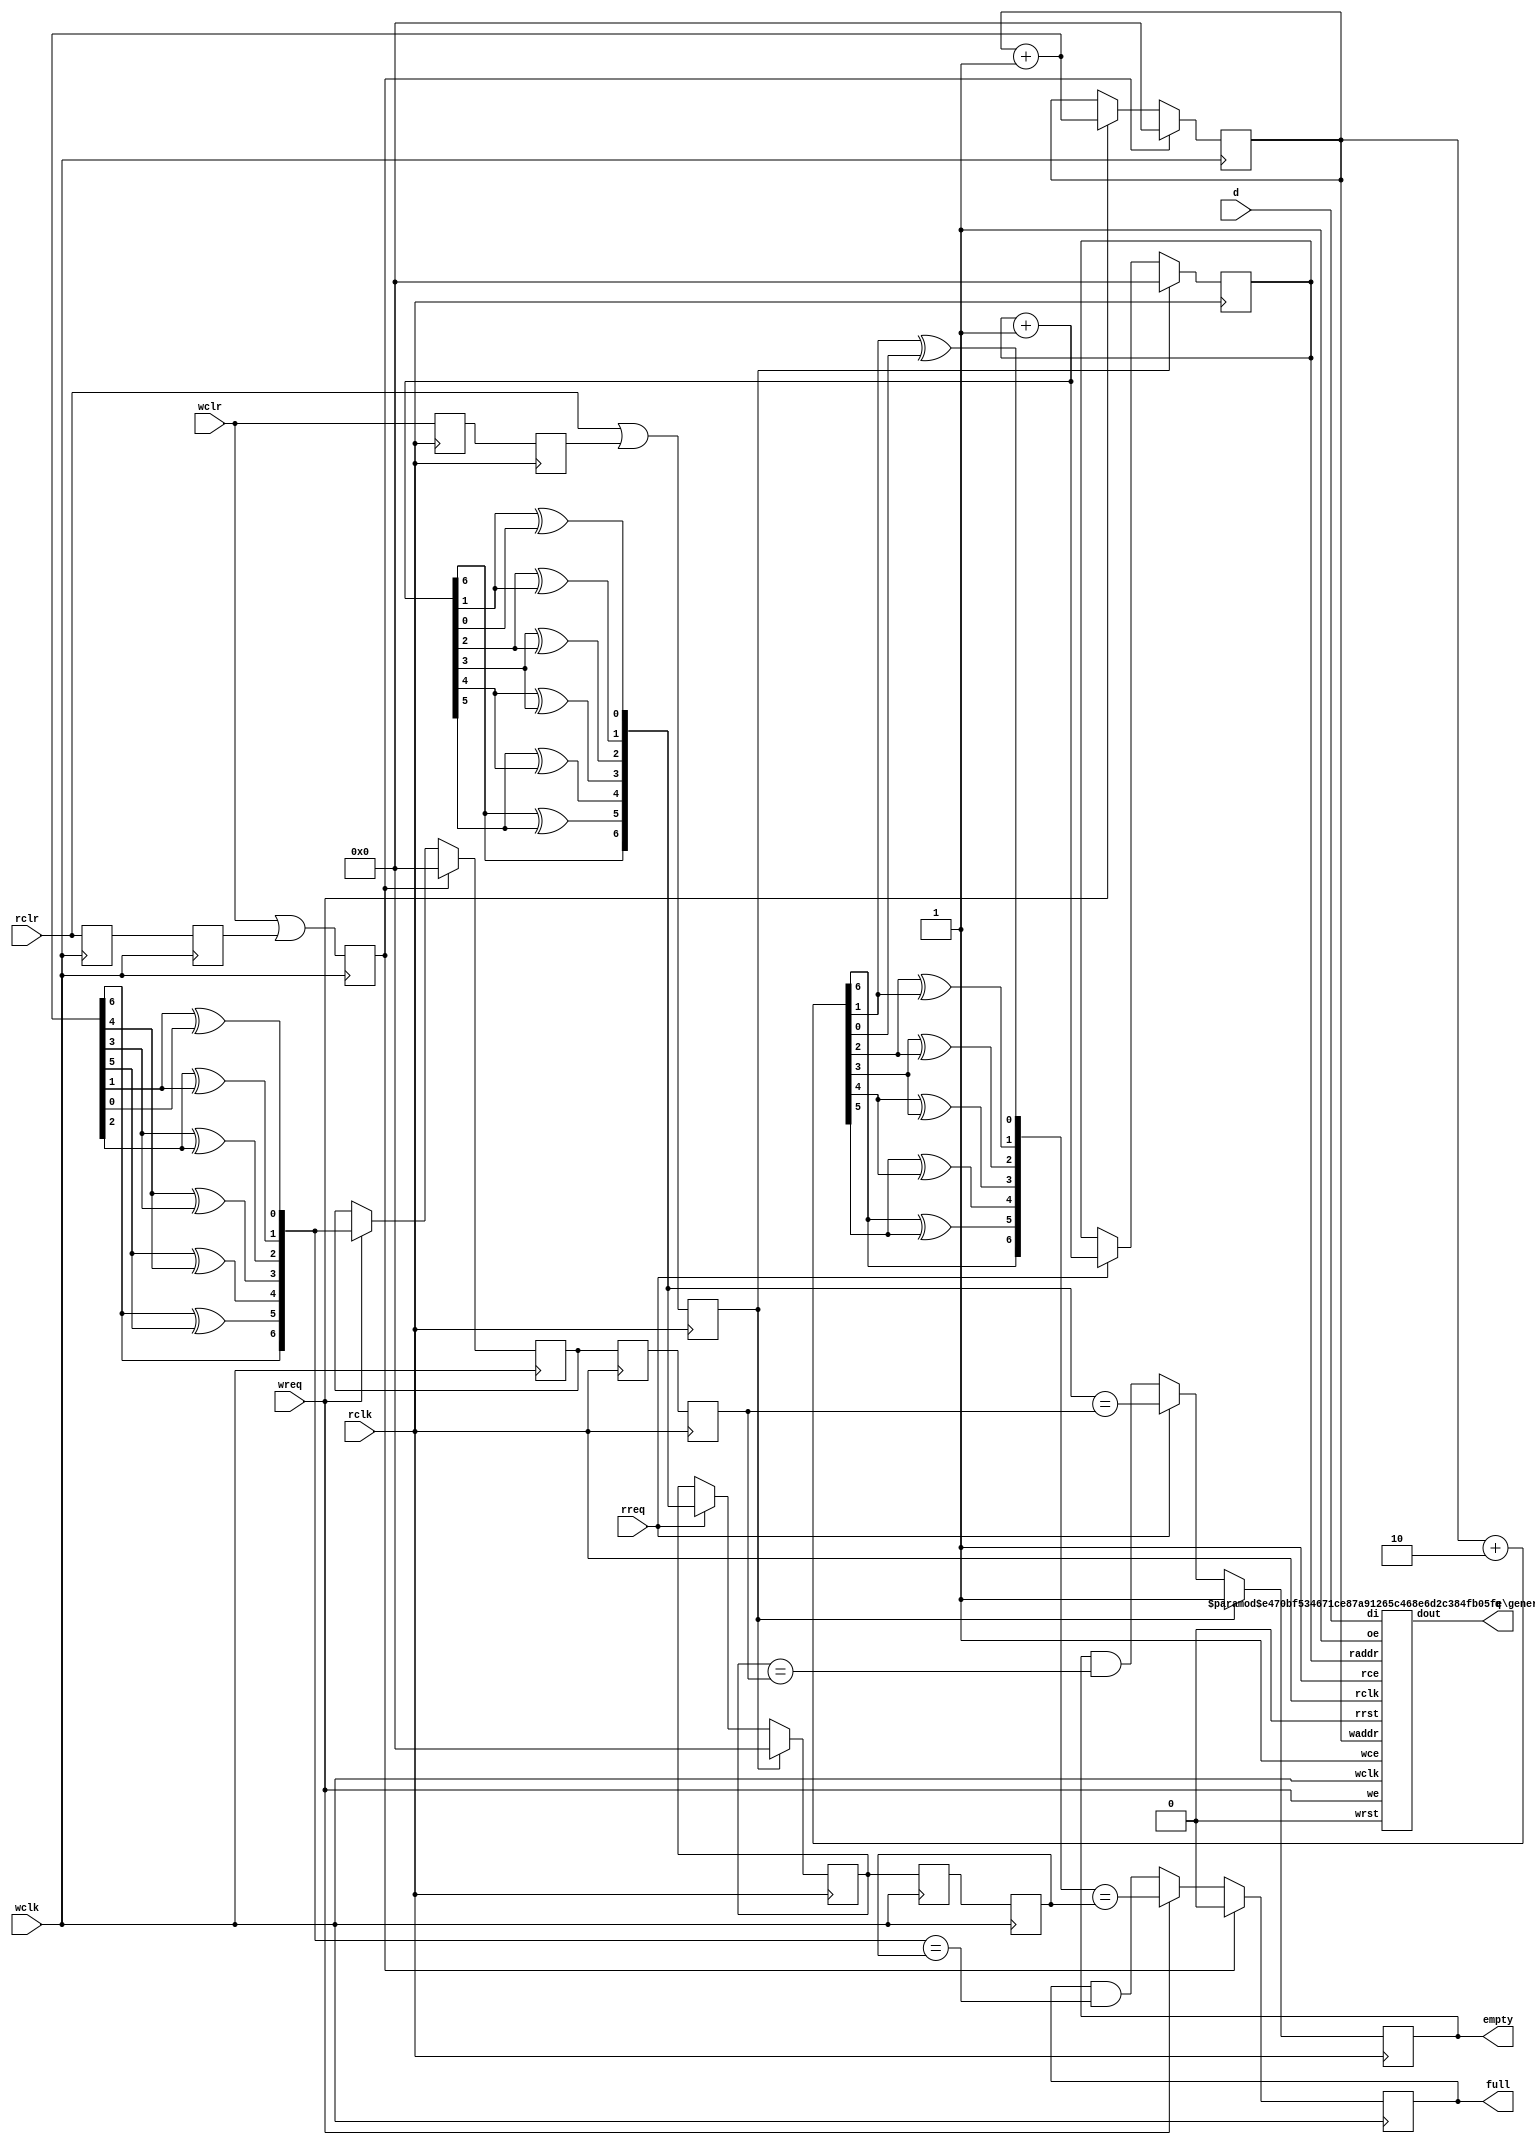
// This program was cloned from: https://github.com/combinatorylogic/soc
// License: MIT License

/////////////////////////////////////////////////////////////////////
////                                                             ////
////  WISHBONE rev.B2 compliant VGA/LCD Core; Dual Clocked Fifo  ////
////                                                             ////
////                                                             ////
////          richard@asics.ws                                   ////
////          www.asics.ws                                       ////
////                                                             ////
////  Downloaded from: http://www.opencores.org/projects/vga_lcd ////
////                                                             ////
/////////////////////////////////////////////////////////////////////
////                                                             ////
//// Copyright (C) 2001 Richard Herveille                        ////
////                    richard@asics.ws                         ////
////                                                             ////
//// This source file may be used and distributed without        ////
//// restriction provided that this copyright statement is not   ////
//// removed from the file and that any derivative work contains ////
//// the original copyright notice and the associated disclaimer.////
////                                                             ////
////     THIS SOFTWARE IS PROVIDED ``AS IS'' AND WITHOUT ANY     ////
//// EXPRESS OR IMPLIED WARRANTIES, INCLUDING, BUT NOT LIMITED   ////
//// TO, THE IMPLIED WARRANTIES OF MERCHANTABILITY AND FITNESS   ////
//// FOR A PARTICULAR PURPOSE. IN NO EVENT SHALL THE AUTHOR      ////
//// OR CONTRIBUTORS BE LIABLE FOR ANY DIRECT, INDIRECT,         ////
//// INCIDENTAL, SPECIAL, EXEMPLARY, OR CONSEQUENTIAL DAMAGES    ////
//// (INCLUDING, BUT NOT LIMITED TO, PROCUREMENT OF SUBSTITUTE   ////
//// GOODS OR SERVICES; LOSS OF USE, DATA, OR PROFITS; OR        ////
//// BUSINESS INTERRUPTION) HOWEVER CAUSED AND ON ANY THEORY OF  ////
//// LIABILITY, WHETHER IN  CONTRACT, STRICT LIABILITY, OR TORT  ////
//// (INCLUDING NEGLIGENCE OR OTHERWISE) ARISING IN ANY WAY OUT  ////
//// OF THE USE OF THIS SOFTWARE, EVEN IF ADVISED OF THE         ////
//// POSSIBILITY OF SUCH DAMAGE.                                 ////
////                                                             ////
/////////////////////////////////////////////////////////////////////

//  CVS Log
//
//  $Id: vga_fifo_dc.v,v 1.6 2003-08-01 11:46:38 rherveille Exp $
//
//  $Date: 2003-08-01 11:46:38 $
//  $Revision: 1.6 $
//  $Author: rherveille $
//  $Locker:  $
//  $State: Exp $
//
// Change History:
//               $Log: not supported by cvs2svn $
//               Revision 1.5  2003/05/07 09:48:54  rherveille
//               Fixed some Wishbone RevB.3 related bugs.
//               Changed layout of the core. Blocks are located more logically now.
//               Started work on a dual clocked/double edge 12bit output. Commonly used by external devices like DVI transmitters.
//
//               Revision 1.4  2002/01/28 03:47:16  rherveille
//               Changed counter-library.
//               Changed vga-core.
//               Added 32bpp mode.
//

/*

  Dual clock FIFO.

  Uses gray codes to move from one clock domain to the other.

  Flags are synchronous to the related clock domain;
  - empty: synchronous to read_clock
  - full : synchronous to write_clock

  CLR is available in both clock-domains.
  Asserting any clr signal resets the entire FIFO.
  When crossing clock domains the clears are synchronized.
  Therefore one clock domain can enter or leave the reset state before the other.
*/

module vga_fifo_dc (rclk, wclk, rclr, wclr, wreq, d, rreq, q, empty, full);

	// parameters
	parameter AWIDTH = 7;  //128 entries
	parameter DWIDTH = 16; //16bit databus

	// inputs & outputs
	input rclk;             // read clock
	input wclk;             // write clock
	input rclr;             // active high synchronous clear, synchronous to read clock
	input wclr;             // active high synchronous clear, synchronous to write clock
	input wreq;             // write request
	input [DWIDTH -1:0] d;  // data input
	input rreq;             // read request
	output [DWIDTH -1:0] q; // data output

	output empty;           // FIFO is empty, synchronous to read clock
	reg empty;
	output full;            // FIFO is full, synchronous to write clock
	reg full;

	// variable declarations
	reg rrst, wrst, srclr, ssrclr, swclr, sswclr;
	reg [AWIDTH -1:0] rptr, wptr, rptr_gray, wptr_gray;

	//
	// module body
	//


	function [AWIDTH:1] bin2gray;
		input [AWIDTH:1] bin;
		integer n;
	begin
		for (n=1; n<AWIDTH; n=n+1)
			bin2gray[n] = bin[n+1] ^ bin[n];

		bin2gray[AWIDTH] = bin[AWIDTH];
	end
	endfunction

	function [AWIDTH:1] gray2bin;
		input [AWIDTH:1] gray;
	begin
		// same logic as bin2gray
		gray2bin = bin2gray(gray);
	end
	endfunction

	//
	// Pointers
	//

	// generate synchronized resets
	always @(posedge rclk)
	begin
	    swclr  <= #1 wclr;
	    sswclr <= #1 swclr;
	    rrst   <= #1 rclr | sswclr;
	end

	always @(posedge wclk)
	begin
	    srclr  <= #1 rclr;
	    ssrclr <= #1 srclr;
	    wrst   <= #1 wclr | ssrclr;
	end


	// read pointer
	always @(posedge rclk)
	  if (rrst) begin
	      rptr      <= #1 0;
	      rptr_gray <= #1 0;
	  end else if (rreq) begin
	      rptr      <= #1 rptr +1'h1;
	      rptr_gray <= #1 bin2gray(rptr +1'h1);
	  end

	// write pointer
	always @(posedge wclk)
	  if (wrst) begin
	      wptr      <= #1 0;
	      wptr_gray <= #1 0;
	  end else if (wreq) begin
	      wptr      <= #1 wptr +1'h1;
	      wptr_gray <= #1 bin2gray(wptr +1'h1);
	  end

	//
	// status flags
	//
	reg [AWIDTH-1:0] srptr_gray, ssrptr_gray;
	reg [AWIDTH-1:0] swptr_gray, sswptr_gray;

	// from one clock domain, to the other
	always @(posedge rclk)
	begin
	    swptr_gray  <= #1 wptr_gray;
	    sswptr_gray <= #1 swptr_gray;
	end

	always @(posedge wclk)
	begin
	    srptr_gray  <= #1 rptr_gray;
	    ssrptr_gray <= #1 srptr_gray;
	end

	// EMPTY
	// WC: wptr did not increase
	always @(posedge rclk)
	  if (rrst)
	    empty <= #1 1'b1;
	  else if (rreq)
	    empty <= #1 bin2gray(rptr +1'h1) == sswptr_gray;
	  else
	    empty <= #1 empty & (rptr_gray == sswptr_gray);


	// FULL
	// WC: rptr did not increase
	always @(posedge wclk)
	  if (wrst)
	    full <= #1 1'b0;
	  else if (wreq)
	    full <= #1 bin2gray(wptr +2'h2) == ssrptr_gray;
	  else
	    full <= #1 full & (bin2gray(wptr + 2'h1) == ssrptr_gray);


	// hookup generic dual ported memory
	generic_dpram #(AWIDTH, DWIDTH) fifo_dc_mem(
		.rclk(rclk),
		.rrst(1'b0),
		.rce(1'b1),
		.oe(1'b1),
		.raddr(rptr),
		.dout(q),
		.wclk(wclk),
		.wrst(1'b0),
		.wce(1'b1),
		.we(wreq),
		.waddr(wptr),
		.di(d)
	);

endmodule


//////////////////////////////////////////////////////////////////////
////                                                              ////
////  Generic Dual-Port Synchronous RAM                           ////
////                                                              ////
////  This file is part of memory library available from          ////
////  http://www.opencores.org/cvsweb.shtml/generic_memories/     ////
////                                                              ////
////  Description                                                 ////
////  This block is a wrapper with common dual-port               ////
////  synchronous memory interface for different                  ////
////  types of ASIC and FPGA RAMs. Beside universal memory        ////
////  interface it also provides behavioral model of generic      ////
////  dual-port synchronous RAM.                                  ////
////  It also contains a fully synthesizeable model for FPGAs.    ////
////  It should be used in all OPENCORES designs that want to be  ////
////  portable accross different target technologies and          ////
////  independent of target memory.                               ////
////                                                              ////
////  Supported ASIC RAMs are:                                    ////
////  - Artisan Dual-Port Sync RAM                                ////
////  - Avant! Two-Port Sync RAM (*)                              ////
////  - Virage 2-port Sync RAM                                    ////
////                                                              ////
////  Supported FPGA RAMs are:                                    ////
////  - Generic FPGA (VENDOR_FPGA)                                ////
////    Tested RAMs: Altera, Xilinx                               ////
////    Synthesis tools: LeonardoSpectrum, Synplicity             ////
////  - Xilinx (VENDOR_XILINX)                                    ////
////  - Altera (VENDOR_ALTERA)                                    ////
////                                                              ////
////  To Do:                                                      ////
////   - fix Avant!                                               ////
////   - add additional RAMs (VS etc)                             ////
////                                                              ////
////  Author(s):                                                  ////
////      - Richard Herveille, richard@asics.ws                   ////
////      - Damjan Lampret, lampret@opencores.org                 ////
////                                                              ////
//////////////////////////////////////////////////////////////////////
////                                                              ////
//// Copyright (C) 2000 Authors and OPENCORES.ORG                 ////
////                                                              ////
//// This source file may be used and distributed without         ////
//// restriction provided that this copyright statement is not    ////
//// removed from the file and that any derivative work contains  ////
//// the original copyright notice and the associated disclaimer. ////
////                                                              ////
//// This source file is free software; you can redistribute it   ////
//// and/or modify it under the terms of the GNU Lesser General   ////
//// Public License as published by the Free Software Foundation; ////
//// either version 2.1 of the License, or (at your option) any   ////
//// later version.                                               ////
////                                                              ////
//// This source is distributed in the hope that it will be       ////
//// useful, but WITHOUT ANY WARRANTY; without even the implied   ////
//// warranty of MERCHANTABILITY or FITNESS FOR A PARTICULAR      ////
//// PURPOSE.  See the GNU Lesser General Public License for more ////
//// details.                                                     ////
////                                                              ////
//// You should have received a copy of the GNU Lesser General    ////
//// Public License along with this source; if not, download it   ////
//// from http://www.opencores.org/lgpl.shtml                     ////
////                                                              ////
//////////////////////////////////////////////////////////////////////
//
// CVS Revision History
//
// $Log: not supported by cvs2svn $
// Revision 1.4  2002/09/28 08:18:52  rherveille
// Changed synthesizeable FPGA memory implementation.
// Fixed some issues with Xilinx BlockRAM
//
// Revision 1.3  2001/11/09 00:34:18  samg
// minor changes: unified with all common rams
//
// Revision 1.2  2001/11/08 19:11:31  samg
// added valid checks to behvioral model
//
// Revision 1.1.1.1  2001/09/14 09:57:10  rherveille
// Major cleanup.
// Files are now compliant to Altera & Xilinx memories.
// Memories are now compatible, i.e. drop-in replacements.
// Added synthesizeable generic FPGA description.
// Created "generic_memories" cvs entry.
//
// Revision 1.1.1.2  2001/08/21 13:09:27  damjan
// *** empty log message ***
//
// Revision 1.1  2001/08/20 18:23:20  damjan
// Initial revision
//
// Revision 1.1  2001/08/09 13:39:33  lampret
// Major clean-up.
//
// Revision 1.2  2001/07/30 05:38:02  lampret
// Adding empty directories required by HDL coding guidelines
//
//

`define VENDOR_FPGA
module generic_dpram(
	// Generic synchronous dual-port RAM interface
	rclk, rrst, rce, oe, raddr, dout,
	wclk, wrst, wce, we, waddr, di
);

	//
	// Default address and data buses width
	//
	parameter aw = 5;  // number of bits in address-bus
	parameter dw = 16; // number of bits in data-bus

	//
	// Generic synchronous double-port RAM interface
	//
	// read port
	input           rclk;  // read clock, rising edge trigger
	input           rrst;  // read port reset, active high
	input           rce;   // read port chip enable, active high
	input           oe;	   // output enable, active high
	input  [aw-1:0] raddr; // read address
	output [dw-1:0] dout;    // data output

	// write port
	input          wclk;  // write clock, rising edge trigger
	input          wrst;  // write port reset, active high
	input          wce;   // write port chip enable, active high
	input          we;    // write enable, active high
	input [aw-1:0] waddr; // write address
	input [dw-1:0] di;    // data input

	//
	// Module body
	//

	//
	// Instantiation synthesizeable FPGA memory
	//
	// This code has been tested using LeonardoSpectrum and Synplicity.
	// The code correctly instantiates Altera EABs and Xilinx BlockRAMs.
	//

	// NOTE:
	// 'synthesis syn_ramstyle="block_ram"' is a Synplify attribute.
	// It instructs Synplify to map to BlockRAMs instead of the default SelectRAMs

	reg [dw-1:0] mem [(1<<aw) -1:0] /* synthesis syn_ramstyle="block_ram" */;
	reg [aw-1:0] ra;                // register read address

	// read operation
	always @(posedge rclk)
	  if (rce)
	    ra <= #1 raddr;

    assign dout = mem[ra];

	// write operation
	always @(posedge wclk)
		if (we && wce)
			mem[waddr] <= #1 di;

endmodule


module smallfifo1(input rst,
		 
		 input        clk_in,
		 input [7:0]  fifo_in,
		 input        fifo_en,

		 output       fifo_full,

		 input        clk_out,
		 output [7:0] fifo_out,
		 output       fifo_empty,
		 input        fifo_rd);


   vga_fifo_dc#(.AWIDTH(4),.DWIDTH(8)) 
   fifo0(.rclk (clk_out),
         .wclk (clk_in),
         .rclr (~rst),
         .wclr (~rst),
         .wreq (fifo_en),
         .d (fifo_in),
         .rreq (fifo_rd),
         .q (fifo_out),
         .empty (fifo_empty),
         .full (fifo_full));
   
   
endmodule